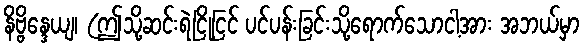
နိဗ္ဗိန္ဒေယျ၊ (ဤသို့ဆင်းရဲငြိုငြင် ပင်ပန်းခြင်းသို့ရောက်သောငါ့အား အဘယ်မှာ